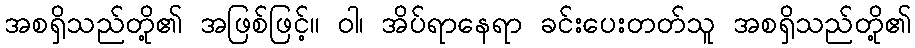
အစရှိသည်တို့၏ အဖြစ်ဖြင့်။ ဝါ၊ အိပ်ရာနေရာ ခင်းပေးတတ်သူ အစရှိသည်တို့၏